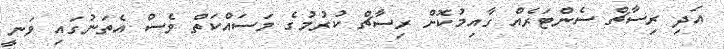
އަދި ރިސާޗް ސެންޓަރެއް ގާއިމުކޮށް ރިސާޗް ކުރުމުގެ މަސައްކަތް ވެސް އެތަނުގައި ވަނީ